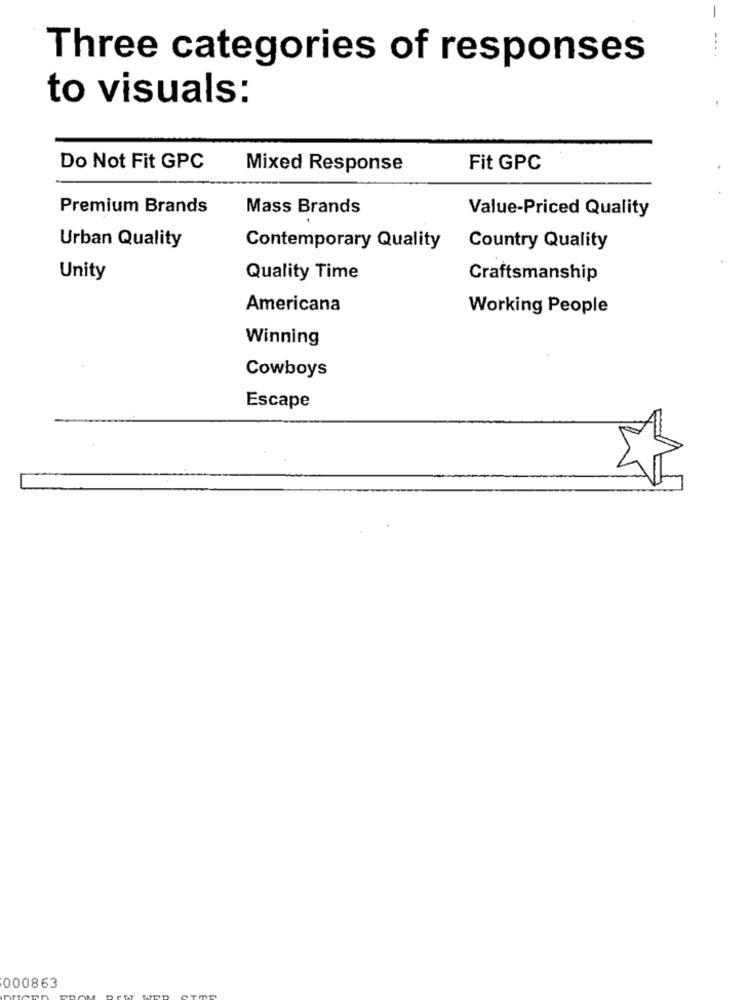
---
Three categories of responses
to visuals:
Do Not Fit GPC
Mixed Response
Fit GPC
Premium Brands
Mass Brands
Value-Priced Quality
Urban Quality
Contemporary Quality
Country Quality
Unity
Quality Time
Craftsmanship
Americana
Working People
Winning
Cowboys
Escape
000863